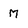
Character: M